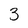
Character: 3